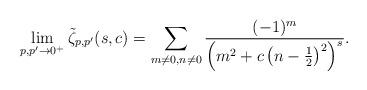
LaTeX: \begin{align*}\lim_{p,p^{\prime}\rightarrow0^{+}}\tilde{\zeta}_{p,p^{\prime}}(s,c)=\sum_{m\ne0,n\neq0}\frac{(-1)^{m}}{\left(m^{2}+c\left(n-\frac{1}{2}\right)^{2}\right)^{s}}.\end{align*}